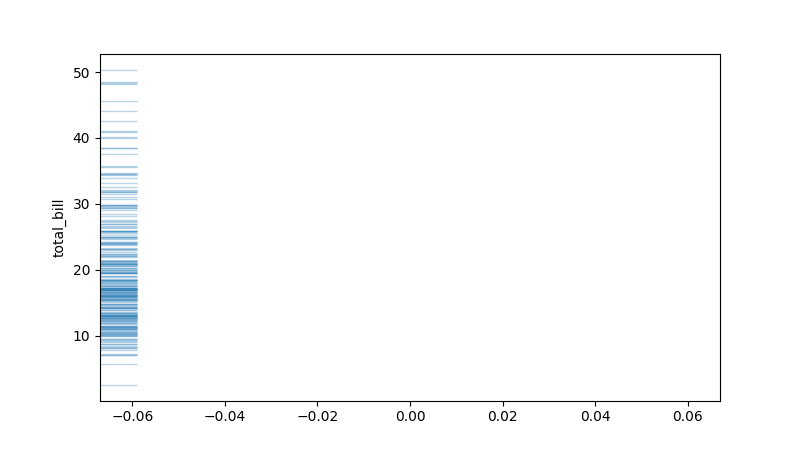
python, seaborn, rugplot, height=0.06, axis='y', alpha=0.3